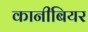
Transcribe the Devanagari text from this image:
कानीबियर